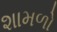
શામળો